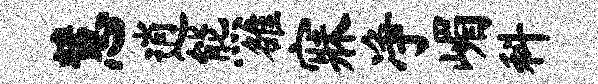
慧逍熊雒寐净嵋科